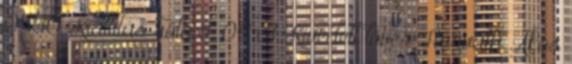
05:10 Kiállítás róla I. 04:31 Kivédett lövés Horváth Ákos